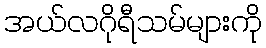
အယ်လဂိုရီသမ်များကို